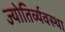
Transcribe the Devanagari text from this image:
ज्योतिर्व्यवस्था